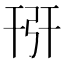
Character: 𢏘